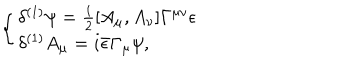
LaTeX: \left\{ \left\{ \begin{cases} { { \delta ^ { ( 1 ) } \psi = \frac { i } { 2 } [ A _ { \mu } , A _ { \nu } ] \Gamma ^ { \mu \nu } \epsilon } } \\ { { \delta ^ { ( 1 ) } A _ { \mu } = i { \bar { \epsilon } } \Gamma _ { \mu } \psi , } } \\ \end{cases} \right. \right.